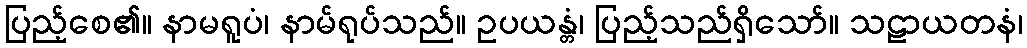
ပြည့်စေ၏။ နာမရူပံ၊ နာမ်ရုပ်သည်။ ဥပယန္တံ၊ ပြည့်သည်ရှိသော်။ သဠာယတနံ၊